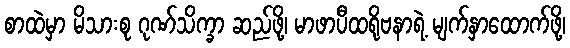
စာထဲမှာ မိသားစု ဂုဏ်သိက္ခာ ဆည်ဖို့၊ မာဖာပီထရိုဗနာရဲ့ မျက်နှာထောက်ဖို့၊